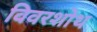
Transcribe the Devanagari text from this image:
विवरशोथ